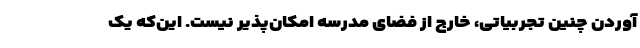
آوردن چنین تجربیاتی، خارج از فضای مدرسه امکان‌پذیر نیست. این­که یک